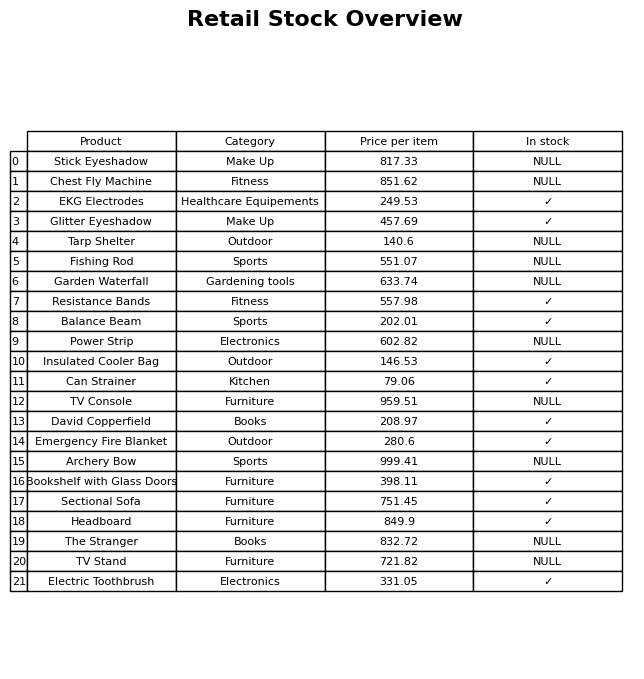
question: What is the price for The Stranger?
answer: The price of The Stranger is 832.72.